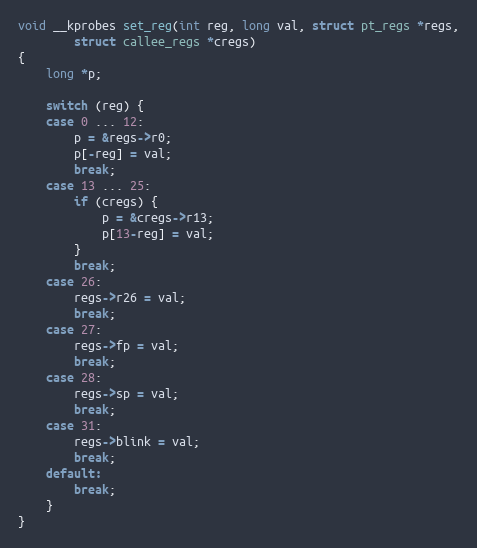
Language: C
void __kprobes set_reg(int reg, long val, struct pt_regs *regs,
		struct callee_regs *cregs)
{
	long *p;

	switch (reg) {
	case 0 ... 12:
		p = &regs->r0;
		p[-reg] = val;
		break;
	case 13 ... 25:
		if (cregs) {
			p = &cregs->r13;
			p[13-reg] = val;
		}
		break;
	case 26:
		regs->r26 = val;
		break;
	case 27:
		regs->fp = val;
		break;
	case 28:
		regs->sp = val;
		break;
	case 31:
		regs->blink = val;
		break;
	default:
		break;
	}
}